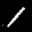
Label: 1